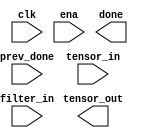
module conv1(
    input clk,
    input ena,
    input prev_done,
    input [32 * 8 - 1:0] tensor_in,
    input [25 * 8 - 1:0] filter_in,

    output reg done,
    output [32 * 8 - 1:0] tensor_out,
);
    reg [31 * 8 - 1:0] tempOpr;
    reg [4:0] rowCnt; // 0 ~ 31
    reg [2:0] colCnt; // 0 ~ 4

    always @ (posedge clk) begin
        
    end
endmodule